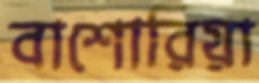
বাশোরিয়া